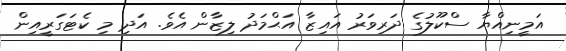
އަމީނިއްޔާ ސްކޫލުގެ ދަރިވަރު އައިޒާ އަޙްމަދު ލިޒާން އެވެ. އަދި މި ކެޓަގަރީއިން